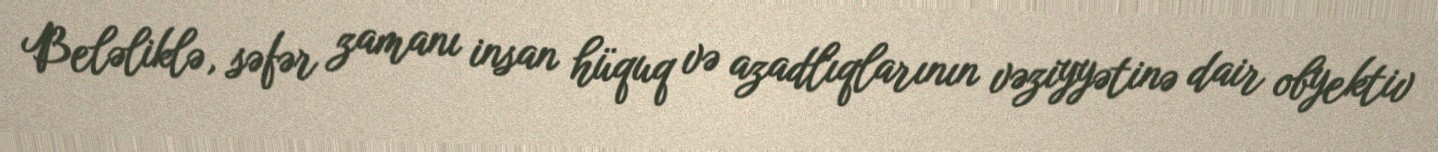
Beləliklə, səfər zamanı insan hüquq və azadlıqlarının vəziyyətinə dair obyektiv